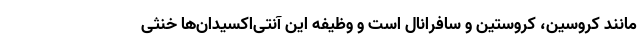
مانند کروسین، کروستین و سافرانال است و وظیفه این آنتی‌اکسیدان‌ها خنثی